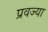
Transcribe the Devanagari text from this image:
प्रवज्या